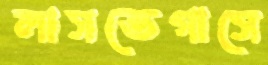
লাসভেগাসে